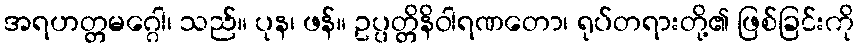
အရဟတ္တမဂ္ဂေါ၊ သည်။ ပုန၊ ဖန်။ ဥပ္ပတ္တိနိဝါရဏတော၊ ရုပ်တရားတို့၏ ဖြစ်ခြင်းကို